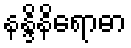
နန္ဒိနိရောဓာ